Vaccination in Bombay 1856-1862 - 1856-1862
Year: 1856
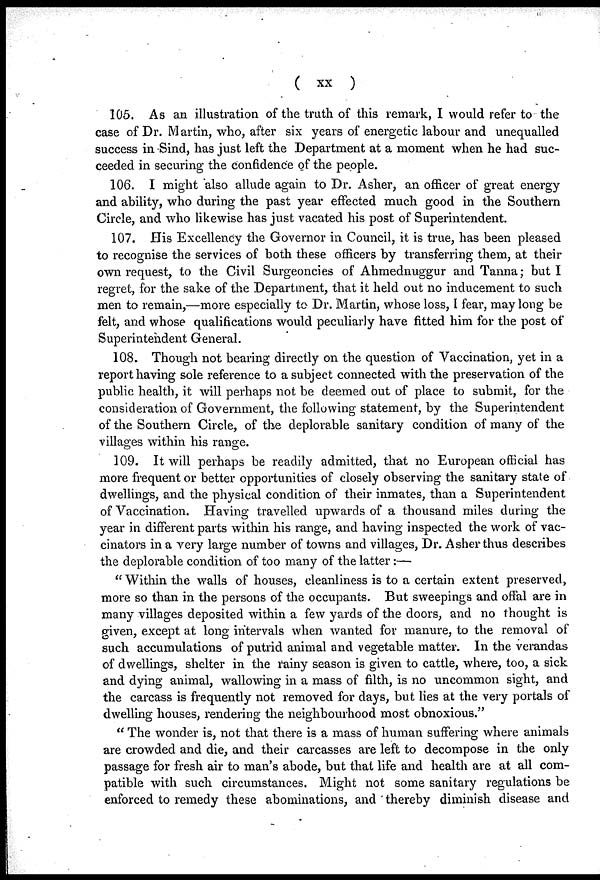
( xx )
105. As an illustration of the truth of this remark, I would refer to the
case of Dr. Martin, who, after six years of energetic labour and unequalled
success in Sind, has just left the Department at a moment when he had suc-
ceeded in securing the confidence of the people.
106. I might also allude again to Dr. Asher, an officer of great energy
and ability, who during the past year effected much good in the Southern
Circle, and who likewise has just vacated his post of Superintendent.
107. His Excellency the Governor in Council, it is true, has been pleased
to recognise the services of both these officers by transferring them, at their
own request, to the Civil Surgeoncies of Ahmednuggur and Tanna; but I
regret, for the sake of the Department, that it held out no inducement to such
men to remain,—more especially to Dr. Martin, whose loss, I fear, may long be
felt, and whose qualifications would peculiarly have fitted him for the post of
Superintendent General.
108. Though not bearing directly on the question of Vaccination, yet in a
report having sole reference to a subject connected with the preservation of the
public health, it will perhaps not be deemed out of place to submit, for the
consideration of Government, the following statement, by the Superintendent
of the Southern Circle, of the deplorable sanitary condition of many of the
villages within his range.
109. It will perhaps be readily admitted, that no European official has
more frequent or better opportunities of closely observing the sanitary state of
dwellings, and the physical condition of their inmates, than a Superintendent
of Vaccination. Having travelled upwards of a thousand miles during the
year in different parts within his range, and having inspected the work of vac¬
cinators in a very large number of towns and villages, Dr. Asher thus describes
the deplorable condition of too many of the latter:—
"Within the walls of houses, cleanliness is to a certain extent preserved,
more so than in the persons of the occupants. But sweepings and offal are in
many villages deposited within a few yards of the doors, and no thought is
given, except at long intervals when wanted for manure, to the removal of
such accumulations of putrid animal and vegetable matter. In the verandas
of dwellings, shelter in the rainy season is given to cattle, where, too, a sick
and dying animal, wallowing in a mass of filth, is no uncommon sight, and
the carcass is frequently not removed for days, but lies at the very portals of
dwelling houses, rendering the neighbourhood most obnoxious."
" The wonder is, not that there is a mass of human suffering where animals
are crowded and die, and their carcasses are left to decompose in the only
passage for fresh air to man's abode, but that life and health are at all com-
patible with such circumstances. Might not some sanitary regulations be
enforced to remedy these abominations, and thereby diminish disease and